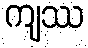
ကျဿ